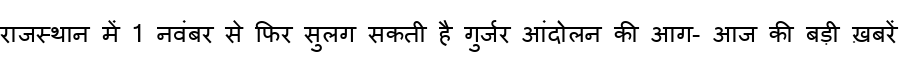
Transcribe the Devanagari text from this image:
राजस्थान में 1 नवंबर से फिर सुलग सकती है गुर्जर आंदोलन की आग- आज की बड़ी ख़बरें